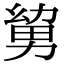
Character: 𭄹